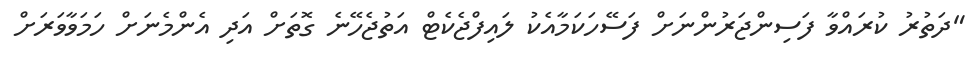
"ދަތުރު ކުރައްވާ ފަސިންޖަރުންނަށް ފަސޭހަކަމާއެކު ލައިފްޖެކެޓް އަތުޖެހޭނެ ގޮތަށް އަދި އެންމެނަށް ހަމަވާވަރަށް